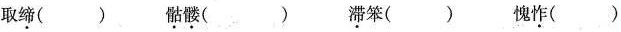
取\underset{·}{缔}() \underset{·}{骷}\underset{·}{髅}() \underset{·}{滞}笨() 愧\underset{·}{怍}()